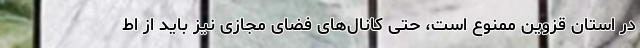
در استان قزوین ممنوع است، حتی کانال‌های فضای مجازی نیز باید از اط